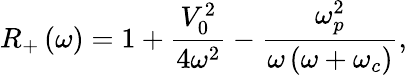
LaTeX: R_{+}\left(\omega\right)=1+\frac{V_{0}^{2}}{4\omega^{2}}-\frac{\omega_{p}^{2}}{\omega\left(\omega+\omega_{c}\right)},